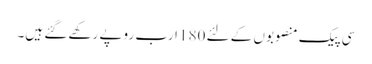
سی پیک منصوبوں کے لئے 180 ارب روپے رکھے گئے ہیں۔